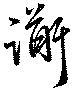
衜